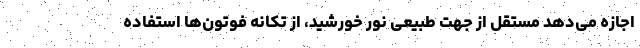
اجازه می‌دهد مستقل از جهت طبیعی نور خورشید، از تکانه فوتون‌ها استفاده